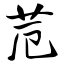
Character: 苊